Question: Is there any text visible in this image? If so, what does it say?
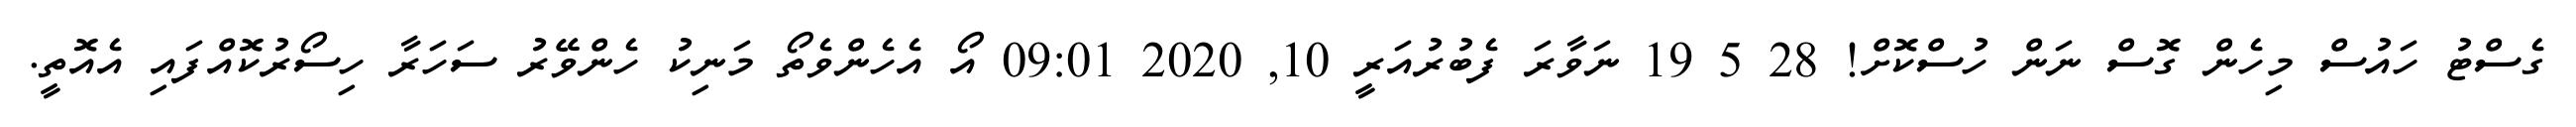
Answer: ގެސްޓު ހައުސް މިހެން ގޮސް ނަން ހުސްކޮށް! 28 5 19 ނަވާރަ ފެބުރުއަރީ 10, 2020 09:01 އޯ އެހެންވެތޯ މަނިކު ހެންވޭރު ސަހަރާ ހިސޯރުކޮއްފައި އެއޮތީ.